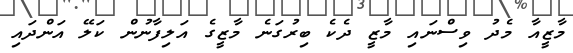
މާޒީއާ މެދު ވިސްނައި މާޒީ ދެކެ ބިރުގަނެ މާޒީގެ އަލިފާނުން ކަލޭ އަންދައި